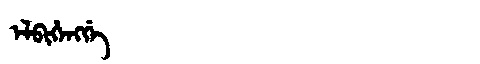
Manchu: ᡝᠯᠪᡳᡥᡝᠩᡤᡝ
Romanization: ELBIHENGGE